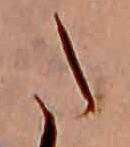
た